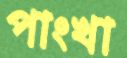
পাংখা